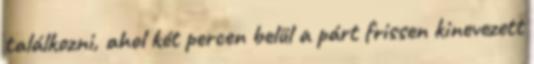
találkozni, ahol két percen belül a párt frissen kinevezett